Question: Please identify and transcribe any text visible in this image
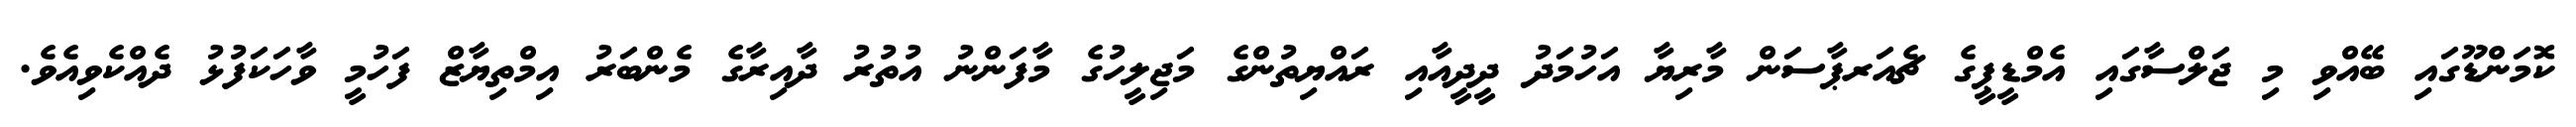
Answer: ކޮމަންޑޫގައި ބޭއްވި މި ޖަލްސާގައި އެމްޑީޕީގެ ޗެއަރޕާސަން މާރިޔާ އަހުމަދު ދީދީއާއި ރައްޔިތުންގެ މަޖިލީހުގެ މާފަންނު އުތުރު ދާއިރާގެ މެންބަރު އިމްތިޔާޒް ފަހުމީ ވާހަކަފުޅު ދެއްކެވިއެވެ.